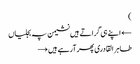
)
← اپنے ہی گراتے ہیں نشیمن پہ بجلیاں
طاہر القادری پھر آرہے ہیں →